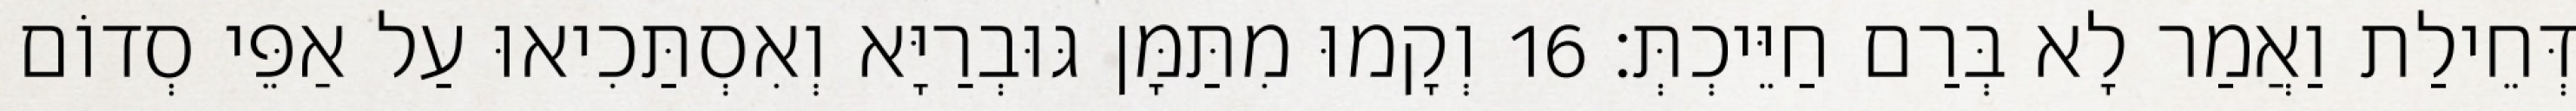
דְּחֵילַת וַאֲמַר לָא בְּרַם חַיֵּיכְתְּ׃ 16 וְקָמוּ מִתַּמָּן גּוּבְרַיָּא וְאִסְתַּכִיאוּ עַל אַפֵּי סְדוֹם